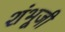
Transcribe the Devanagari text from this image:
शंभूजी